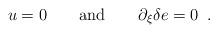
LaTeX: \begin{align*}u = 0 \qquad \hbox{and} \qquad \partial _\xi \delta e = 0 \; \; .\end{align*}